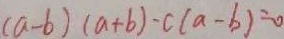
( a - b ) ( a + b ) - c ( a - b ) = 0